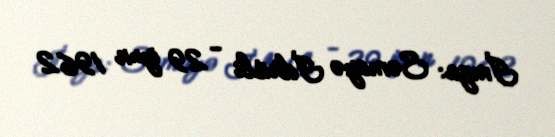
İmza: Səmayə İdrisli - 29 iyun 1962